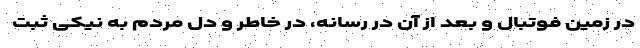
در زمین فوتبال و بعد از آن در رسانه، در خاطر و دل مردم به نیکی ثبت